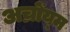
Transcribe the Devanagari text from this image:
अच्रोंय्म